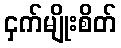
ငှက်မျိုးစိတ်